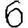
Digit: 6